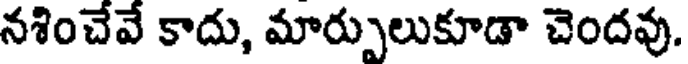
నశించేవే కాదు, మార్పులుకూడా చెందవు.